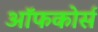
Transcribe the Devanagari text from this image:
ऑफकोर्स